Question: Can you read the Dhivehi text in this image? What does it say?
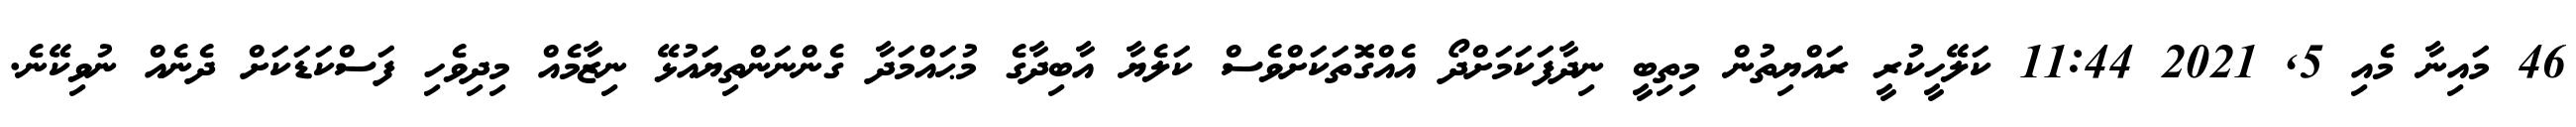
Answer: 46 މައިނާ މެއި 5, 2021 11:44 ކަލޭހީކުރީ ރައްޔިތުން މިތިބީ ނިދާފަކަމަށްދޯ އެއްގޮތަކަށްވެސް ކަލެޔާ އާބިދާގެ މުޙައްމަދާ ގެންނަންތިޔައުޅޭ ނިޒާމެއް މިދިވެހި ފަސްކަޑަކަށް ދެނެއް ނުވިކޭނެ.